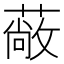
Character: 𮑇